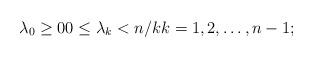
LaTeX: \begin{align*}\lambda_0\ge 0 0\le \lambda_k<n/k k=1,2,\ldots ,n-1;\end{align*}